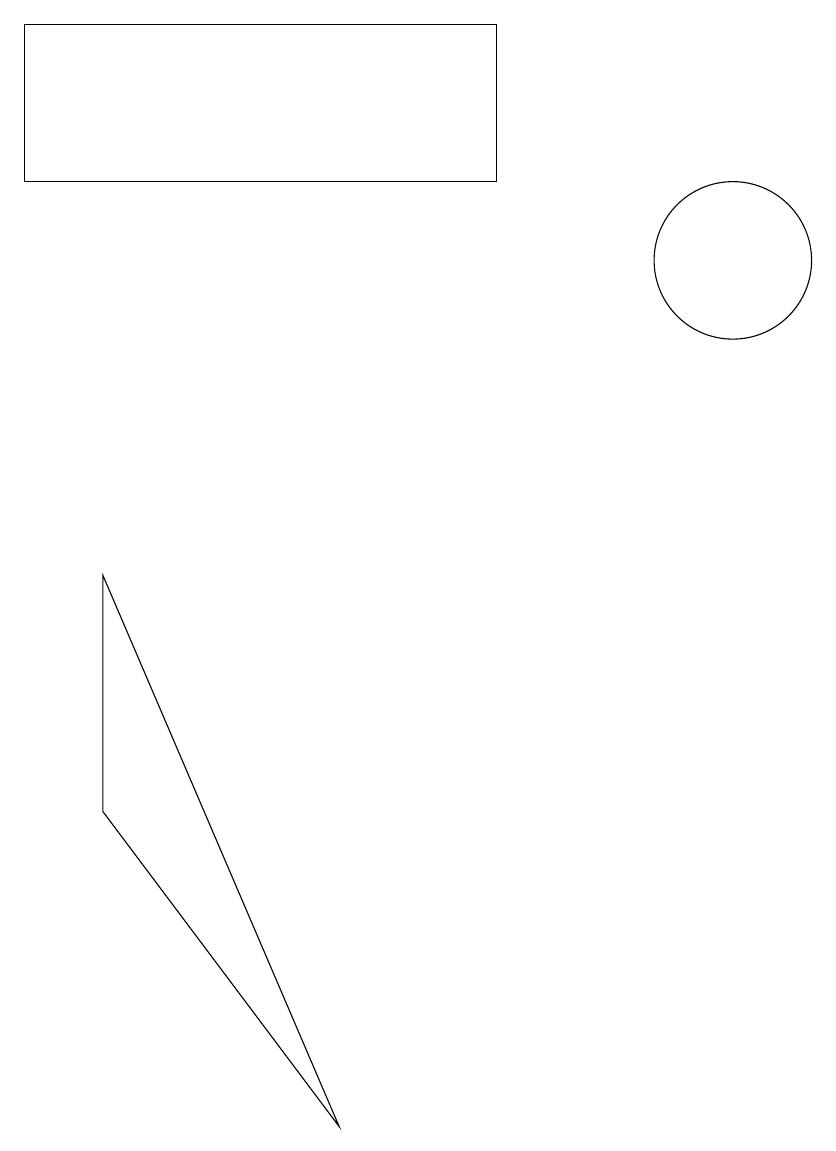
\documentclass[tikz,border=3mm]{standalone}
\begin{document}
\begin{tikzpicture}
\draw (1,15) rectangle (7,13);
\draw (5,1) -- (2,8) -- (2,5) -- cycle;
\draw (10,12) circle (1);
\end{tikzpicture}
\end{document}